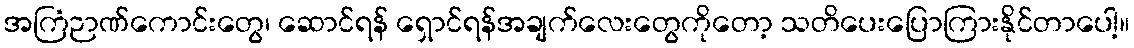
အကြံဉာဏ်ကောင်းတွေ၊ ဆောင်ရန် ရှောင်ရန်အချက်လေးတွေကိုတော့ သတိပေးပြောကြားနိုင်တာပေါ့။